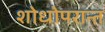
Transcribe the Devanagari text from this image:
शोधोपरान्त